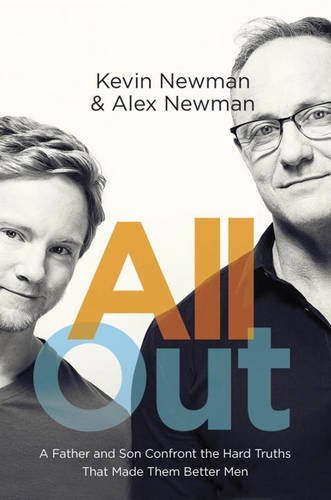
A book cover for All Out: A Father and Son Confront the Hard Truths That Made Them Better Men; Kevin Newman; Gay & Lesbian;